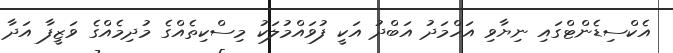
އެކްސިޑެންޓްގައި ނިޔާވި އަހްމަދު އަބްދު އަކީ ފުވައްމުލަކު މިސްކިތެއްގެ މުދިމެއްގެ ވަޒީފާ އަދާ